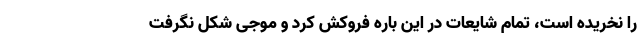
را نخریده است، تمام شایعات در این باره فروکش کرد و موجی شکل نگرفت